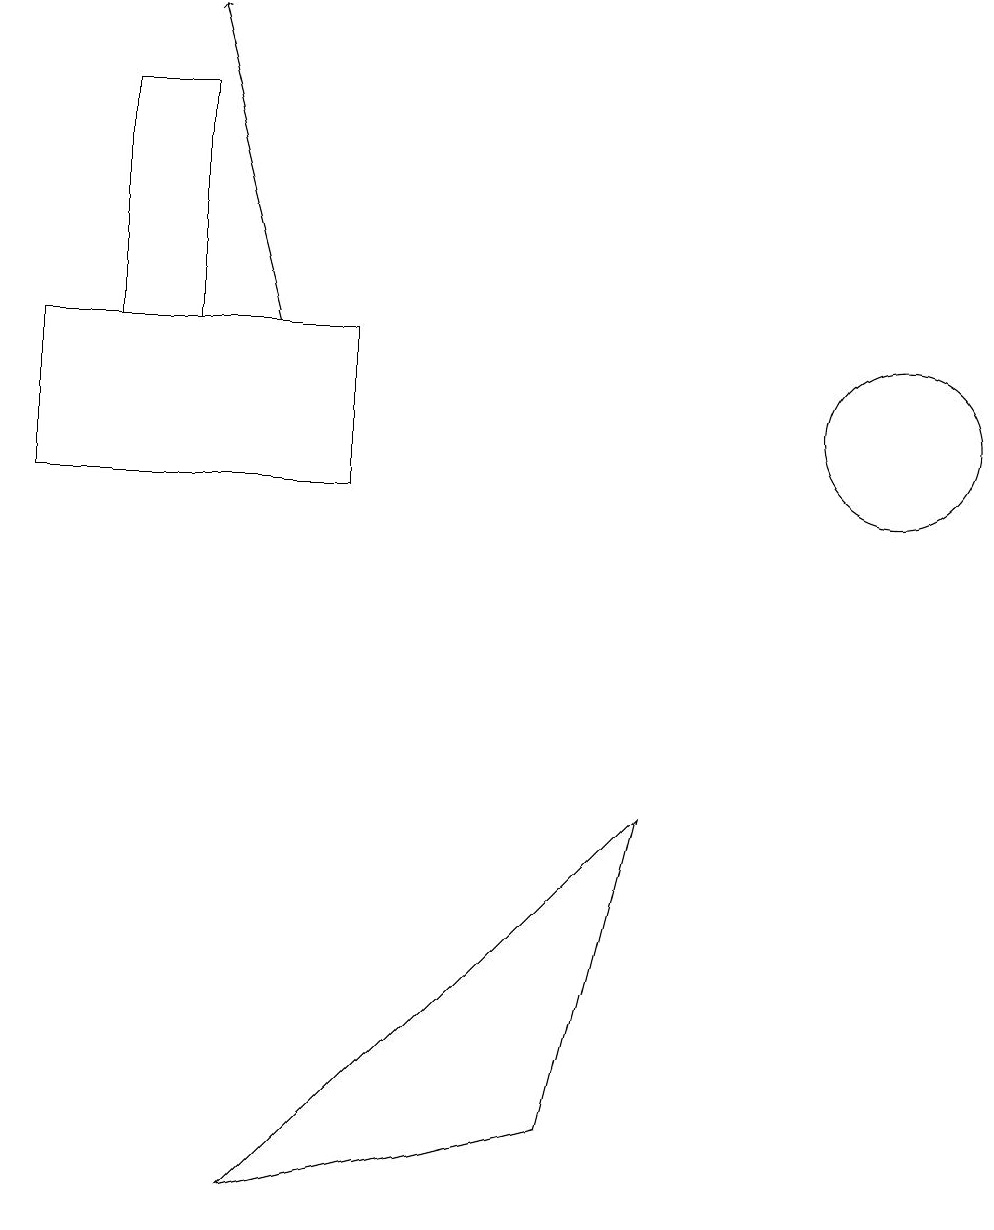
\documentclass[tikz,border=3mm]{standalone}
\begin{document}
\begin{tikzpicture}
\draw[->] (3,13) -- (2,17);
\draw (0,13) rectangle (4,11);
\draw (8,7) -- (7,3) -- (3,2) -- cycle;
\draw (1,13) rectangle (2,16);
\draw (11,12) circle (1);
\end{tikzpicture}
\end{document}